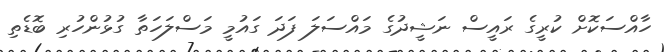
ހާއްސަކޮށް ކުރީގެ ރައީސް ނަޝީދުގެ މައްސަލަ ފަދަ ގައުމީ މަސްލަހަތާ ގުޅުންހުރި ބޮޑެތި